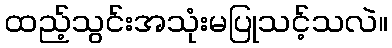
ထည့်သွင်းအသုံးမပြုသင့်သလဲ။